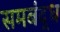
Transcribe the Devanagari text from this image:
समबंद्ध